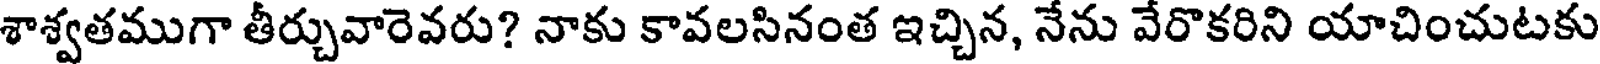
శాశ్వతముగా తీర్చువారెవరు? నాకు కావలసినంత ఇచ్చిన, నేను వేరొకరిని యాచించుటకు